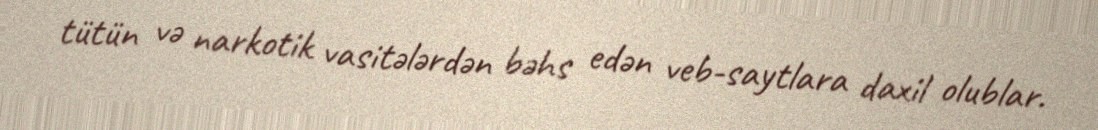
tütün və narkotik vasitələrdən bəhs edən veb-saytlara daxil olublar.